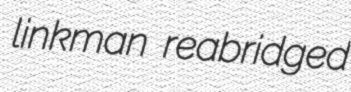
linkman reabridged